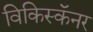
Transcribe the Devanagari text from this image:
विकिस्कॅनर